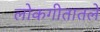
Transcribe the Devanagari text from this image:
लोकगीतातले